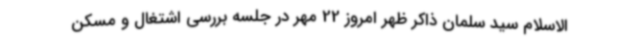
الاسلام سید سلمان ذاکر ظهر امروز 22 مهر در جلسه بررسی اشتغال و مسکن